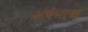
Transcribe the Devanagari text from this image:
अर्यभाषा